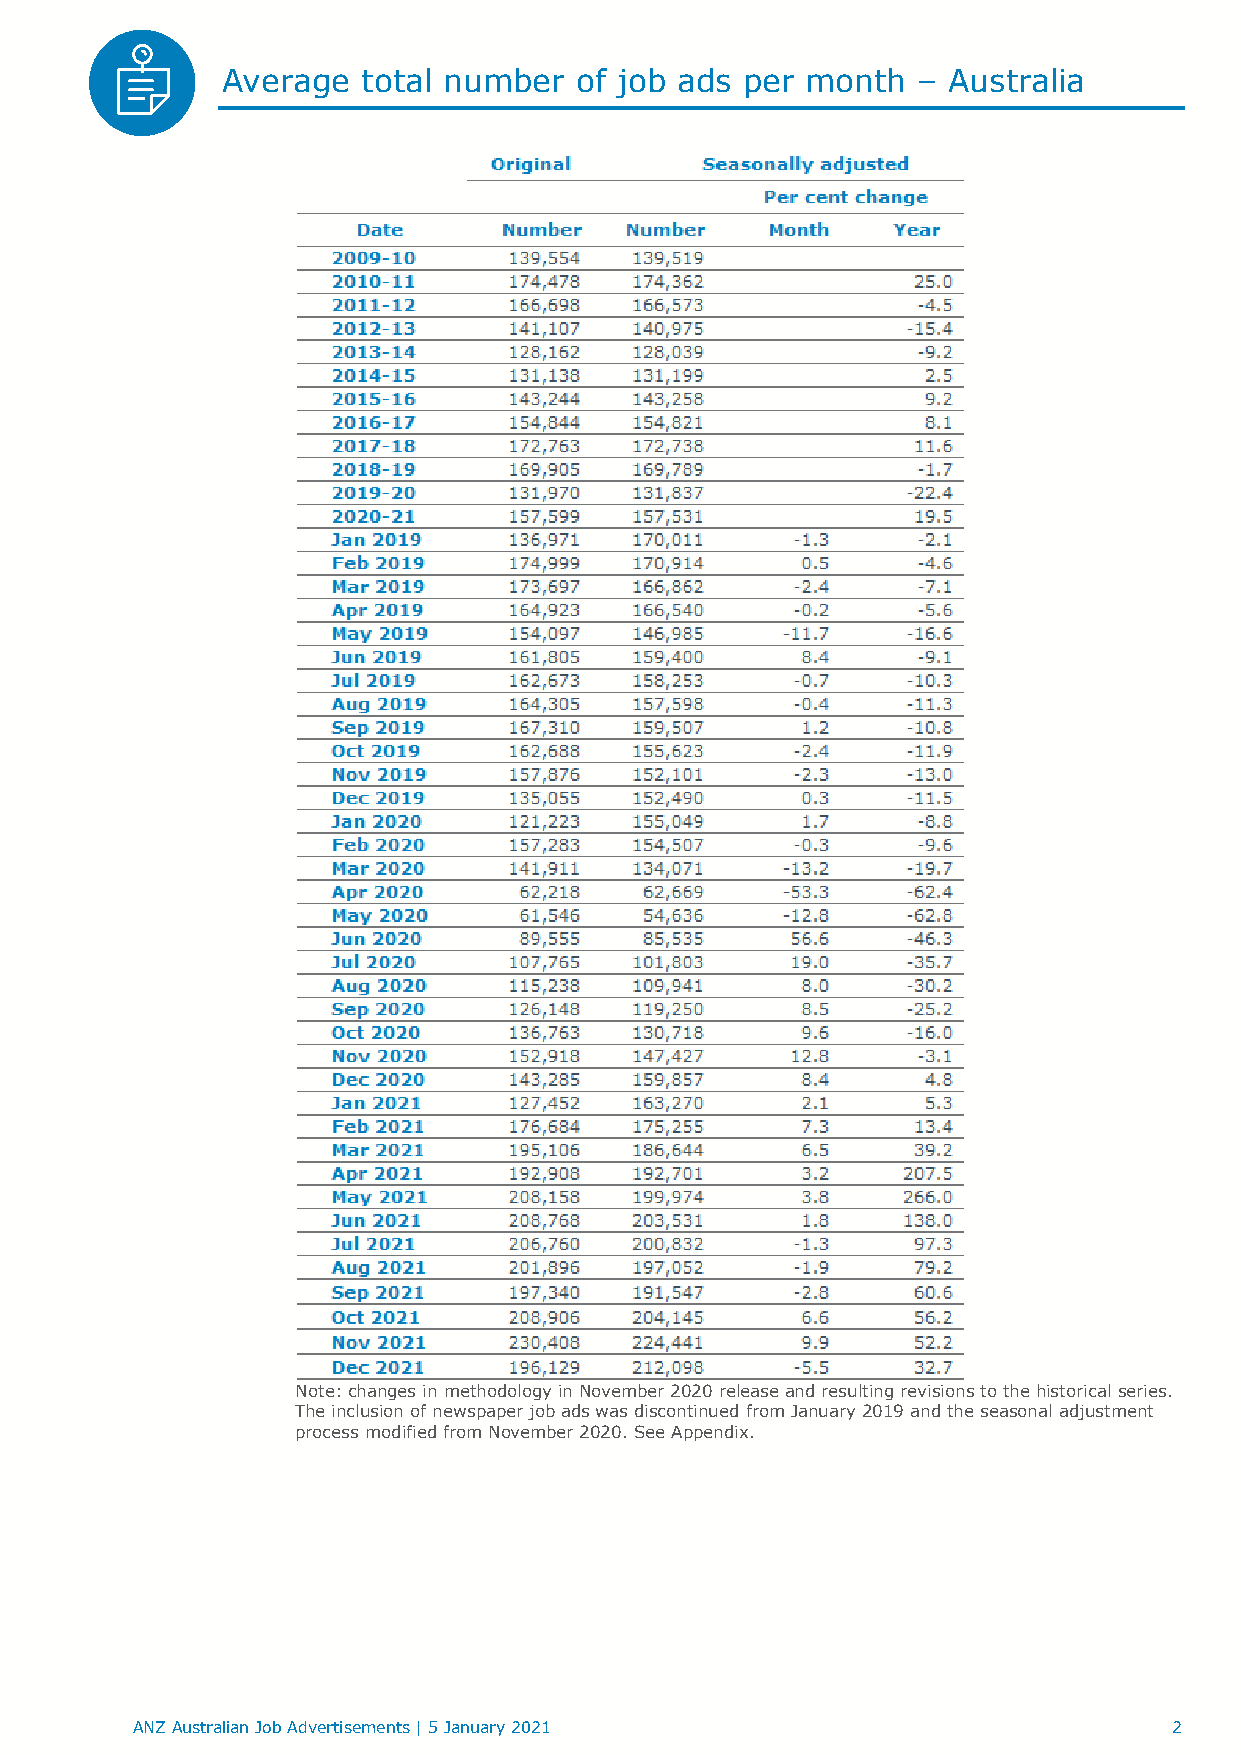
Average  total number  of job ads per month   – Australia
 Note: changes in methodology in November 2020 release and resulting revisions to the historical series.
 The inclusion of newspaper job ads was discontinued from January 2019 and the seasonal adjustment
 process modified from November 2020. See Appendix.
 ANZ Australian Job Advertisements | 5 January 2021                   2